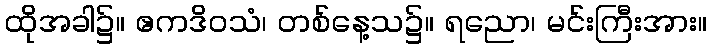
ထိုအခါ၌။ ဧကဒိဝသံ၊ တစ်နေ့သ၌။ ရညော၊ မင်းကြီးအား။